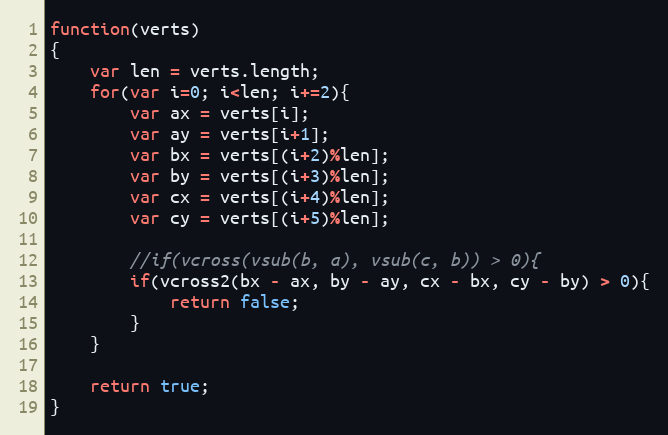
Language: JavaScript
function(verts)
{
    var len = verts.length;
    for(var i=0; i<len; i+=2){
        var ax = verts[i];
        var ay = verts[i+1];
        var bx = verts[(i+2)%len];
        var by = verts[(i+3)%len];
        var cx = verts[(i+4)%len];
        var cy = verts[(i+5)%len];

        //if(vcross(vsub(b, a), vsub(c, b)) > 0){
        if(vcross2(bx - ax, by - ay, cx - bx, cy - by) > 0){
            return false;
        }
    }

    return true;
}